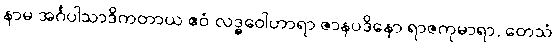
နာမ အင်္ဂပါသာဒိကတာယ ဧဝံ လဒ္ဓဝေါဟာရာ ဇာနပဒိနော ရာဇကုမာရာ, တေသံ